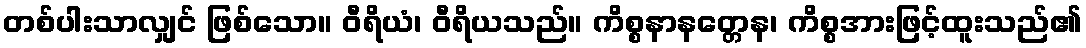
တစ်ပါးသာလျှင် ဖြစ်သော။ ဝီရိယံ၊ ဝီရိယသည်။ ကိစ္စနာနတ္တေန၊ ကိစ္စအားဖြင့်ထူးသည်၏